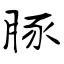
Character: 豚